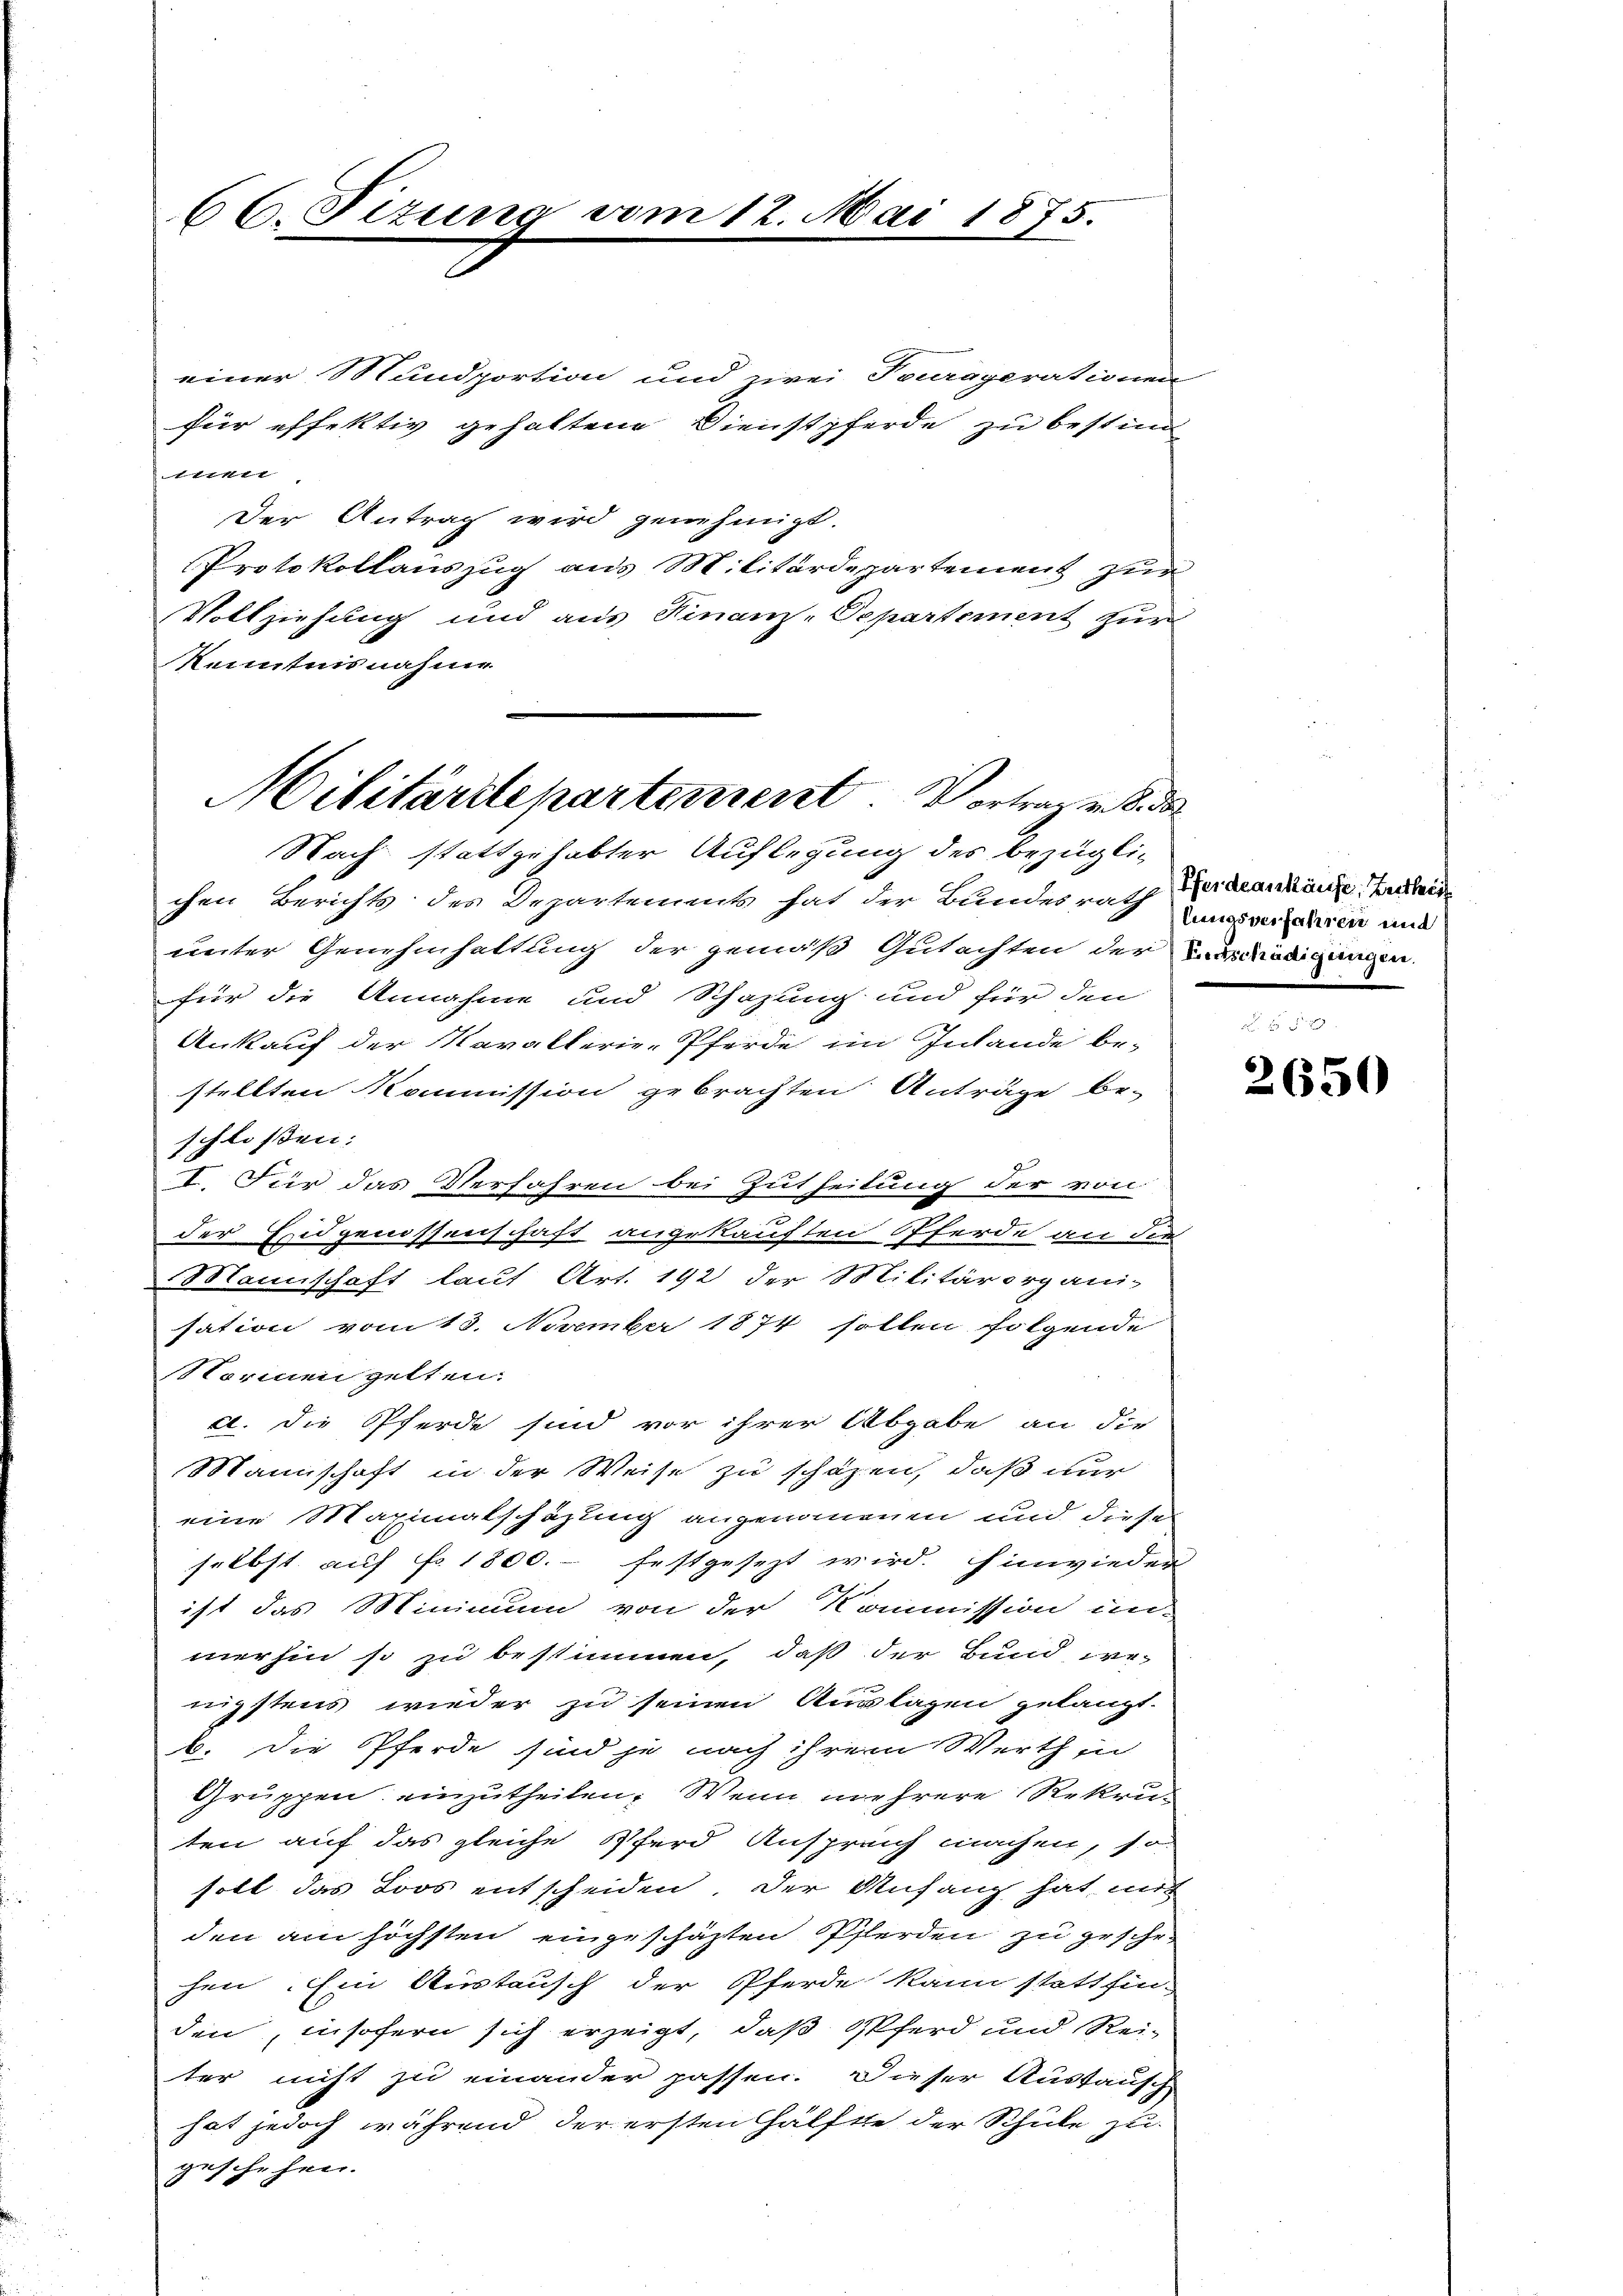
einer Mundportion und zwei Incraperationen
für effektiv gehaltene Dienstpferde zu bestim
ttter
Der Antrag wird genehmigt.
Protokollauszug aus Militärdepartement zur
Vollziehung und aus Finanz-Departement zur
Kenntnisnahme

66 Sizun

b

Nach stattgehabter Auflegung des bezügli-
chen Berichts des Departements hat der Bundesrath Gerdankäme. Jeder
unter Genehmhaltung der gemäß Gutachten der Entschädigungen.
für die Annahme und Schazung und für den
Ankauf der Kavallerie-Pferde im Inlande be-
stellten Kommission gebrachten Anträge be-
schlossen:
I. Für das Verfahren bei Zutheitung der von
der Eidgenossenschaft angekauften Pferde an die
Mannschaft laut Art. 192 der Militärorgani-
sation vom 13. November 1874 sollen folgende
Narmen gelten.
e. Die Pferde sind vor ihrer Abgabe an die
Mannschaft in der Weise zu schäzen, daß nur
eine Maximatschäzung angenommenen und diese
selbst auf fr. 1800.- festgesezt wird. Einwieder
ist das Minimum von der Kommission in-
merhin so zu bestimmen, daß der Bund, wenigstens wieder zu seinen Auslagen gelangt.
b. Die Pferde sind je nach ihrem Werth in
Gruppen einzutheilen. Wenn mehrere Rekruten auf das gleiche Pferd Ansprech machen, so
soll das Loos entscheiden. Der Anfang hat mit
den am höchsten eingeschäzten Pferden zu geschr
hen. Ein Austausch der Pferde kann stattfin-
den, insofern sich erzeigt, daß Pferd und Reiter nicht zu einander passen. Dieser Austausch
hat jedoch während der ersten Hälfte der Schule zu
geschehen.

1875.

Militärrte partement Vertrag von der

lungsverfahren mit

2650